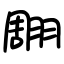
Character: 翢